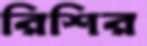
রিশির